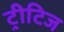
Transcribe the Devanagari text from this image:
ट्रीटिज